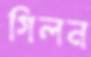
গিলন